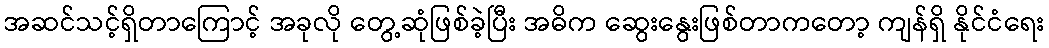
အဆင်သင့်ရှိတာကြောင့် အခုလို တွေ့ဆုံဖြစ်ခဲ့ပြီး အဓိက ဆွေးနွေးဖြစ်တာကတော့ ကျန်ရှိ နိုင်ငံရေး